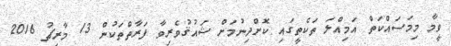
ވީމާ މިމަސައްކަތް އަމިއްލަ ތަކެތީގައި ކޮށްދިނުމަށް ޝައުޤުވެރިވާ ފަރާތްތަކުން 13 މާރިޗު 2016